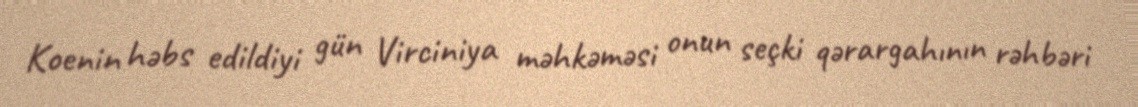
Koenin həbs edildiyi gün Virciniya məhkəməsi onun seçki qərargahının rəhbəri